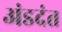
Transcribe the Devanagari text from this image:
अंडदंत